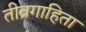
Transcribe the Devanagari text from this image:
तीव्रगाहिता